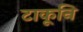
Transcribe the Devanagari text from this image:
टाकूनि